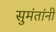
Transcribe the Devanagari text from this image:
सुमंतांनी